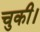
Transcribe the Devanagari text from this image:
चुकी।